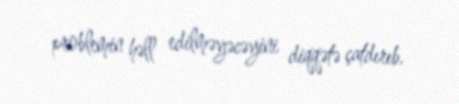
problemin həll edilməyəcəyini diqqətə çatdırıb.